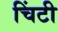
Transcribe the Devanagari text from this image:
चिंटी